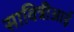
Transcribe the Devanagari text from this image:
सावित्रीआई